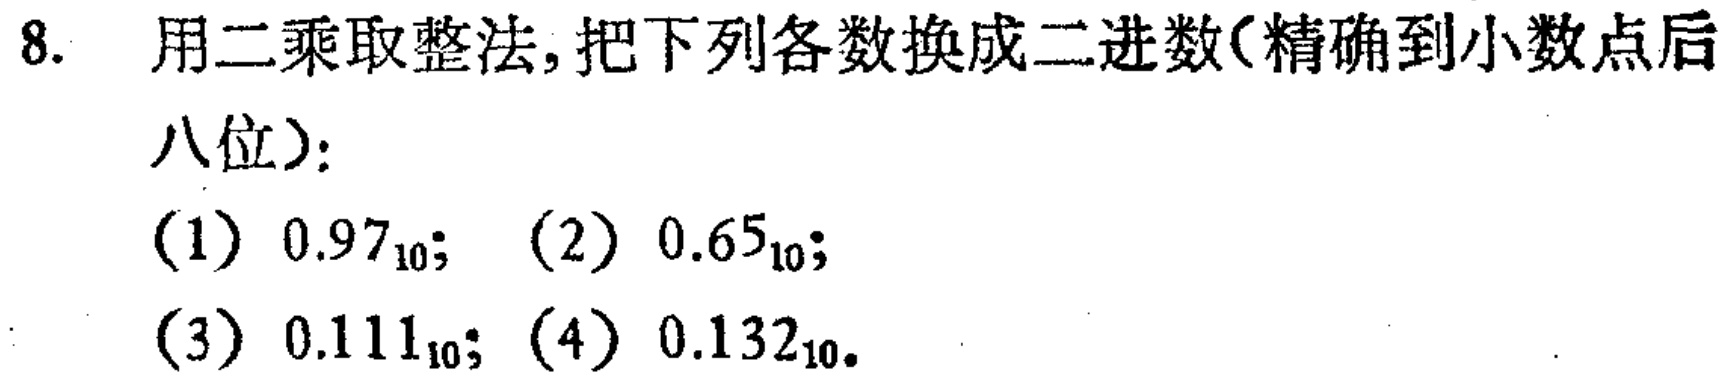
8. 用二乘取整法, 把下列各数换成二进数(精确到小数点后八位):

(1) \(0.97_{10}\); (2) \(0.65_{10}\);

(3) \(0.111_{10}\); (4) \(0.132_{10}\).